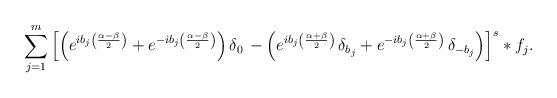
LaTeX: \begin{align*} \sum_{j=1}^m \left[ \left(e^{ib_j\left(\frac{\alpha-\beta}{2}\right)}+e^{-ib_j\left(\frac{\alpha-\beta}{2} \right)}\right) \delta_0\, -\left(e^{ib_j\left(\frac{\alpha+\beta}{2}\right)}\,\delta_{b_j} +e^{-ib_j\left(\frac{\alpha+\beta}{2}\right)}\,\delta_{- b_j}\right) \right]^s \ast f_j. \end{align*}